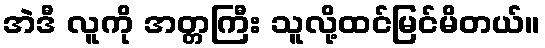
အဲဒီ လူကို အတ္တကြီး သူလို့ထင်မြင်မိတယ်။